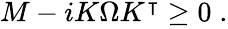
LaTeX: \begin{array}{r}{M-iK\Omega K^{\intercal}\geq 0\; .}\end{array}